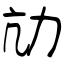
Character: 劥